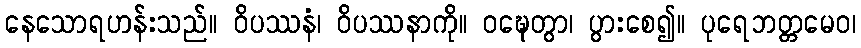
နေသောရဟန်းသည်။ ဝိပဿနံ၊ ဝိပဿနာကို။ ဝဍ္ဎေတွာ၊ ပွားစေ၍။ ပုရေဘတ္တမေဝ၊